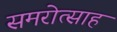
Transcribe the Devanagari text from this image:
समरोत्साह